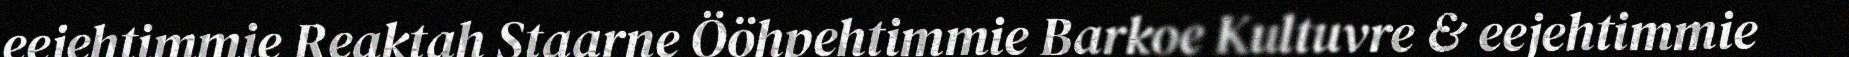
eejehtimmie Reaktah Staarne Ööhpehtimmie Barkoe Kultuvre & eejehtimmie